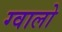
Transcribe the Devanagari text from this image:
ग्‍वालो